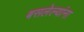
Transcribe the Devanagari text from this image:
बसलेल्यांना